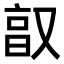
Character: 𫩂